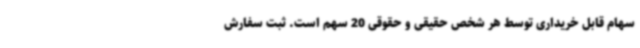
سهام قابل خریداری توسط هر شخص حقیقی و حقوقی 20 سهم است. ثبت سفارش